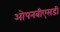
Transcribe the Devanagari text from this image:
ओपनबीएसडी